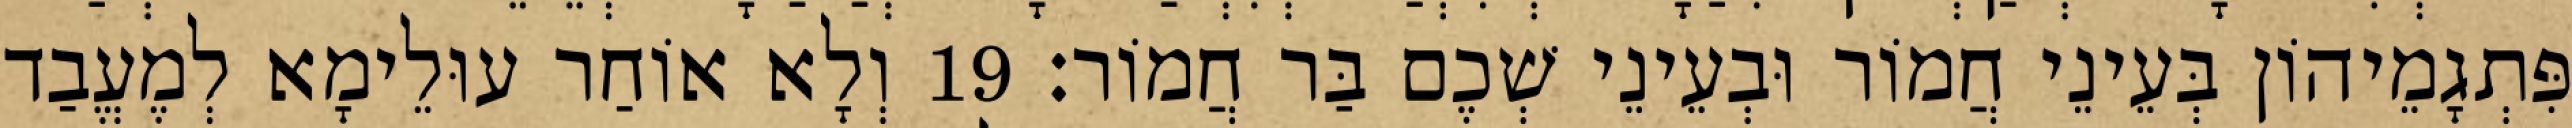
פִּתְגָמֵיהוֹן בְּעֵינֵי חֲמוֹר וּבְעֵינֵי שְׁכֶם בַּר חֲמוֹר׃ 19 וְלָא אוֹחַר עוּלֵימָא לְמֶעֱבַד